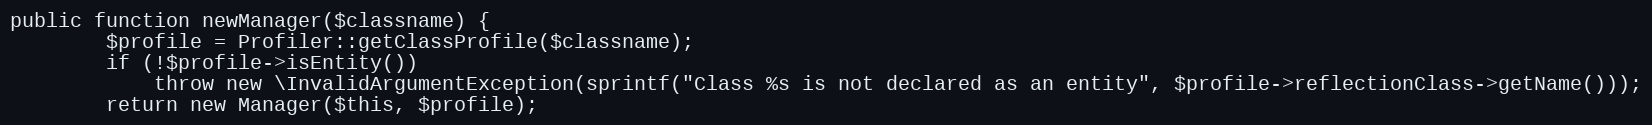
Language: PHP
public function newManager($classname) {
		$profile = Profiler::getClassProfile($classname);
		if (!$profile->isEntity())
			throw new \InvalidArgumentException(sprintf("Class %s is not declared as an entity", $profile->reflectionClass->getName()));
		return new Manager($this, $profile);